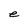
Character: e